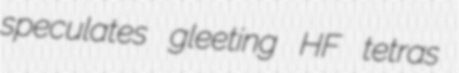
speculates gleeting HF tetras